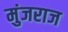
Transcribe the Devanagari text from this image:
मुंजराज